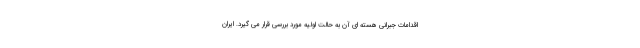
اقدامات جبرانی هسته ای آن به حالت اولیه مورد بررسی قرار می گیرد. ایران